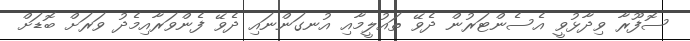
ސޮފޫރާ ވިދާޅުވީ އެސެންޓަރުން ދެވޭ ތައުލީމާއި އުނގަންނައި ދެވޭ ފެންވަރާއިމެދު ވަރަށް ބޮޑަށް